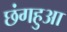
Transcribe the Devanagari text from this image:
छंगहुआ